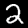
Digit: 2